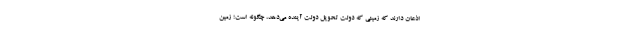
اذعان دارند که زمینی که دولت تحویل دولت آینده می‌دهد، چگونه است؛ زمین